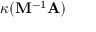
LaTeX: \kappa ( \mathbf { M } ^ { - 1 } \mathbf { A } )